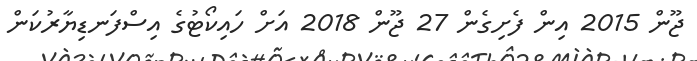
ޖޫން 2015 އިން ފެށިގެން 27 ޖޫން 2018 އަށް ހައިކޯޓުގެ އިސްފަނޑިޔާރުކަން